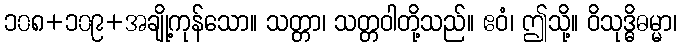
၁၀၈+၁၀၉+အချို့ကုန်သော။ သတ္တာ၊ သတ္တဝါတို့သည်။ ဧဝံ၊ ဤသို့။ ဝိသုဒ္ဓိဓမ္မာ၊